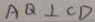
A Q \bot C D